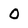
Character: 0